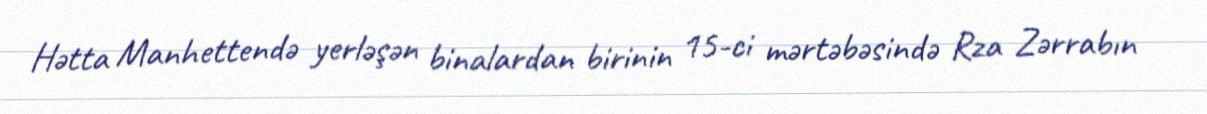
Hətta Manhettendə yerləşən binalardan birinin 15-ci mərtəbəsində Rza Zərrabın